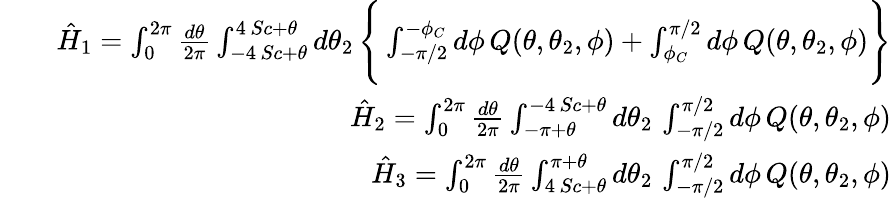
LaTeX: \begin{array}{rlr}&{}&{\hat{H}_{1}=\int_{0}^{2\pi}{\frac{d\theta}{2\pi}}\int_{-4\, Sc+\theta}^{4\, Sc+\theta}d\theta_{2}\, \Bigg\{ \int_{-\pi/2}^{-\phi_{C}}d\phi\, Q(\theta,\theta_{2},\phi)+\int_{\phi_{C}}^{\pi/2}d\phi\, Q(\theta,\theta_{2},\phi)\Bigg\} }\\ &{}&{\hat{H}_{2}=\int_{0}^{2\pi}{\frac{d\theta}{2\pi}}\int_{-\pi+\theta}^{-4\, Sc+\theta}d\theta_{2}\, \int_{-\pi/2}^{\pi/2}d\phi\, Q(\theta,\theta_{2},\phi)}\\ &{}&{\hat{H}_{3}=\int_{0}^{2\pi}{\frac{d\theta}{2\pi}}\int_{4\, Sc+\theta}^{\pi+\theta}d\theta_{2}\, \int_{-\pi/2}^{\pi/2}d\phi\, Q(\theta,\theta_{2},\phi)}\end{array}